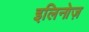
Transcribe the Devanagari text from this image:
इलिनोज़